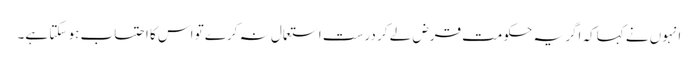
انہوں نے کہاکہ اگر یہ حکومت قرض لے کر درست استعمال نہ کرے تو اس کا احتساب ہو سکتا ہے۔